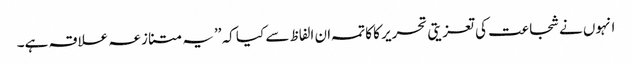
انہوں نے شجاعت کی تعزیتی تحریر کا کاتمہ ان الفاظ سے کیا کہ ’’یہ متنازعہ علاقہ ہے۔